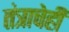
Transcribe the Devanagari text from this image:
तंत्राचेही